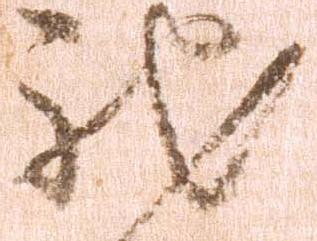
馳